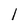
Character: 1